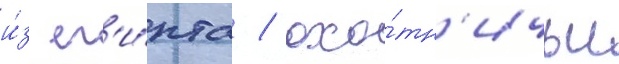
и́з ег'и́пта / охо́тн'ичьи